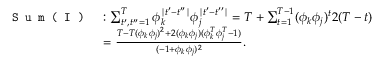
\begin{array} { r l } { \texttt { S u m ( I ) } } & { : \sum _ { t ^ { \prime } , t ^ { \prime \prime } = 1 } ^ { T } \phi _ { k } ^ { \mid t ^ { \prime } - t ^ { \prime \prime } \mid } \phi _ { j } ^ { \mid t ^ { \prime } - t ^ { \prime \prime } \mid } = T + \sum _ { t = 1 } ^ { T - 1 } ( \phi _ { k } \phi _ { j } ) ^ { t } 2 ( T - t ) } \\ & { = \frac { T - T ( \phi _ { k } \phi _ { j } ) ^ { 2 } + 2 ( \phi _ { k } \phi _ { j } ) ( \phi _ { k } ^ { T } \phi _ { j } ^ { T } - 1 ) } { ( - 1 + \phi _ { k } \phi _ { j } ) ^ { 2 } } . } \end{array}